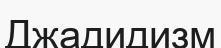
Джадидизм